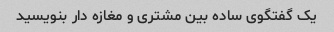
یک گفتگوی ساده بین مشتری و مغازه دار بنویسید